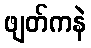
ဖျတ်ကနဲ